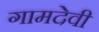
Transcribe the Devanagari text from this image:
गामदेवी